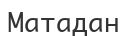
Матадан